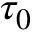
\tau _ { 0 }